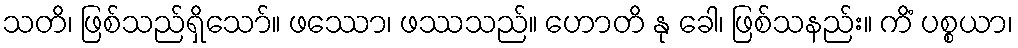
သတိ၊ ဖြစ်သည်ရှိသော်။ ဖဿော၊ ဖဿသည်။ ဟောတိ နု ခေါ၊ ဖြစ်သနည်း။ ကိံ ပစ္စယာ၊